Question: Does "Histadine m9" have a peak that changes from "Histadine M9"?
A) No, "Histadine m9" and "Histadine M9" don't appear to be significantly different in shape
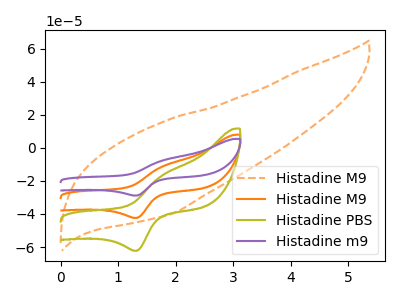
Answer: <think>The orange dashed curve "Histadine M9" has no peaks. The orange curve "Histadine M9" has an anodic peak at (1.75V, -11.55uA) and a cathodic peak at (1.30V, -42.35uA). The olive curve "Histadine PBS" has an anodic peak at (1.75V, -17.00uA) and a cathodic peak at (1.30V, -62.25uA). The purple curve "Histadine m9" has an anodic peak at (1.75V, -23.15uA) and a cathodic peak at (1.30V, -84.75uA).
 All the peaks in "Histadine m9" have a peak in "Histadine M9" at the same potential.</think>
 <answer>A) No, "Histadine m9" and "Histadine M9" don't appear to be significantly different in shape</answer>
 <eval>A</eval>